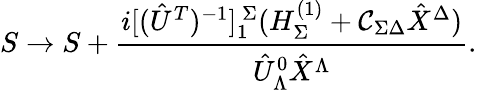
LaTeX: S\to S+{\frac{i[(\hat{U}^{T})^{-1}]_{1}^{\ \Sigma}(H_{\Sigma}^{(1)}+{\cal C}_{\Sigma\Delta}\hat{X}^{\Delta})}{\hat{U}_{\Lambda}^{0}\hat{X}^{\Lambda}}}.